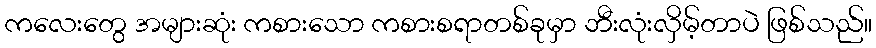
ကလေးတွေ အများဆုံး ကစားသော ကစားစရာတစ်ခုမှာ ဘီးလုံးလှိမ့်တာပဲ ဖြစ်သည်။